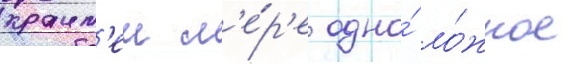
краин'еи м'е́р'е одно́ ло́жное